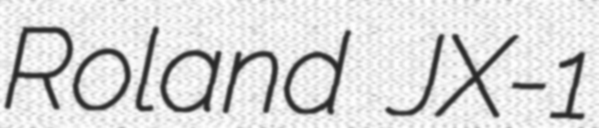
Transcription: Roland JX-1